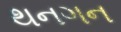
થનગન